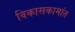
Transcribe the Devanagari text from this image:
विकासकामांत